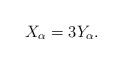
LaTeX: \begin{align*}X_\alpha=3Y_\alpha.\end{align*}